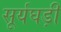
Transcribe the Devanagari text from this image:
सूर्यघड़ी